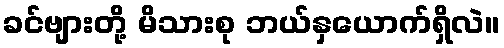
ခင်ဗျားတို့ မိသားစု ဘယ်နှယောက်ရှိလဲ။